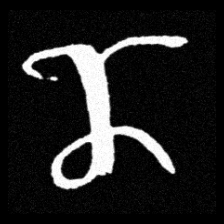
Pyu character \u2014 Myanmar letter: ဏ (romanized: nna)